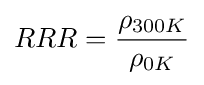
RRR={\rho _{300K} \over \rho _{0K}}